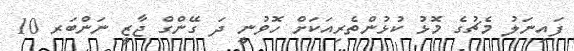
ފައިނަލު މެޗުގެ މޮޅު ކުޅުންތެރިއަކަށް ހޮވުނީ ދަ ގޭންގް ޖާޒީ ނަންބަރ 10